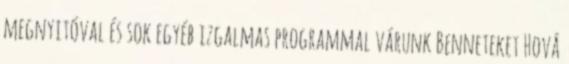
megnyitóval és sok egyéb izgalmas programmal várunk Benneteket Hová